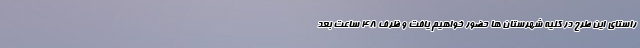
راستای این طرح در کلیه شهرستان ها حضور خواهیم یافت و ظرف ۴۸ ساعت بعد